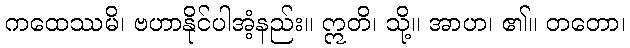
ကထေဿမိ၊ ဗဟာနိုင်ပါအံ့နည်း။ ဣတိ၊ သို့။ အာဟ၊ ၏။ တတော၊